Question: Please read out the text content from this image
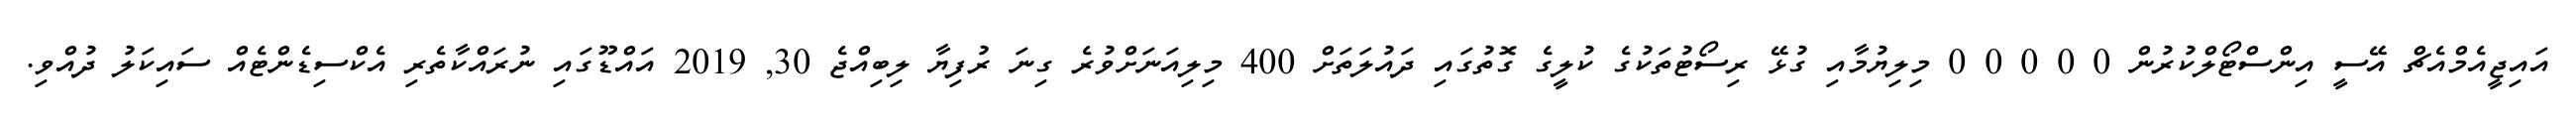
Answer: އައިޖީއެމްއެޗް އޭސީ އިންސްޓޯލްކުރުން 0 0 0 0 0 މިލިޔުމާއި ގުޅޭ ރިސޯޓުތަކުގެ ކުލީގެ ގޮތުގައި ދައުލަތަށް 400 މިލިއަނަށްވުރެ ގިނަ ރުފިޔާ ލިބިއްޖެ 30, 2019 އައްޑޫގައި ނުރައްކާތެރި އެކްސިޑެންޓެއް ސައިކަލު ދުއްވި.